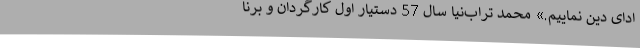
ادای دین نماییم.» محمد تراب‌نیا سال 57 دستیار اول کارگردان و برنا